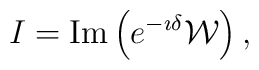
I  =  {\rm Im} \left(e^{-\imath \delta} {\cal W} \right),